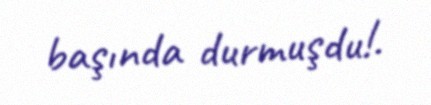
başında durmuşdu!.